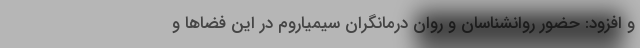
و افزود: حضور روانشناسان و روان درمانگران سیمیاروم در این فضاها و